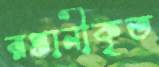
রপ্তানীকৃত